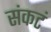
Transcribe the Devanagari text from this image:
संकटं